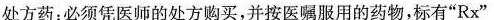
处方药：必须凭医师的处方购买，并按医嘱服用的药物，标有”Rx”